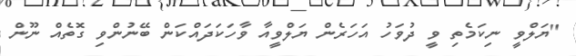
"ޔަލްވީ ނިކަމެތި ވީ ދުވަހު އަހަރެން ޔަލްވީއާ ވާހަކަދައްކަން ބޭނުންވި ގޮތެއް ނޫން